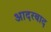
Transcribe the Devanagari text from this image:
आदरबाद